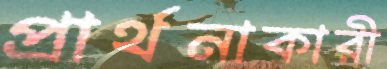
প্রার্থনাকারী